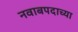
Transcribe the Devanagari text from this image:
नवाबपदाच्या